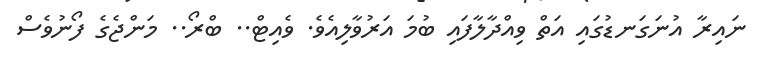
ނައިރާ އުނަގަނޑުގައި އަތް ވިއްދާލާފައި ބުމަ އަރުވާލިއެވެ. ވެއިޓް.. ބްރޯ.. މަންޖެގެ ފޯނުވެސް